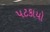
પટકાયો